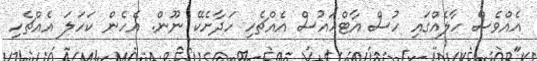
އެއްވެސް ހާލެއްގައި ހުސް އާޓްހައުސް އެއްޗެހި ހަދާށެކޭ ނޫން. އެހެން ކަހަލަ އެއްޗެހި